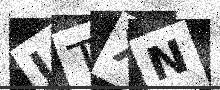
Text: JTXN